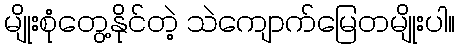
မျိုးစုံတွေ့နိုင်တဲ့ သဲကျောက်မြေတမျိုးပါ။